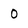
Character: 0